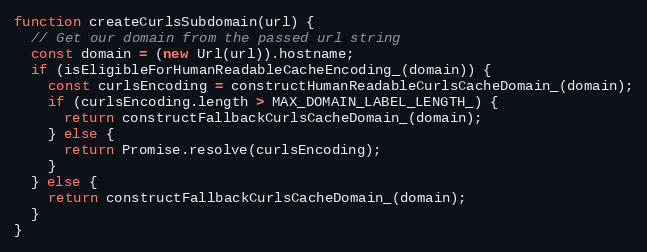
Language: JavaScript
function createCurlsSubdomain(url) {
  // Get our domain from the passed url string
  const domain = (new Url(url)).hostname;
  if (isEligibleForHumanReadableCacheEncoding_(domain)) {
    const curlsEncoding = constructHumanReadableCurlsCacheDomain_(domain);
    if (curlsEncoding.length > MAX_DOMAIN_LABEL_LENGTH_) {
      return constructFallbackCurlsCacheDomain_(domain);
    } else {
      return Promise.resolve(curlsEncoding);
    }
  } else {
    return constructFallbackCurlsCacheDomain_(domain);
  }
}